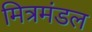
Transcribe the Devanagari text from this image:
मित्रमंडल